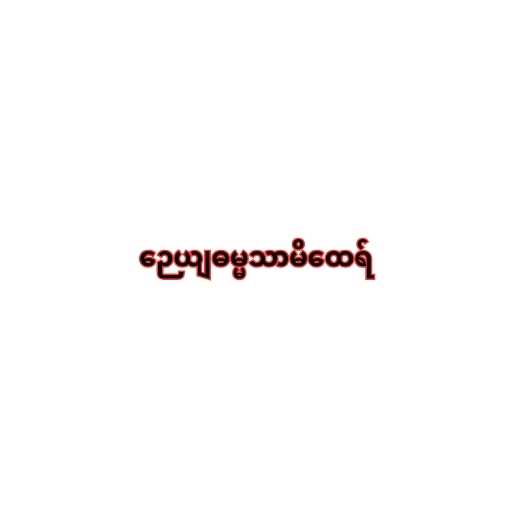
ဉေယျဓမ္မသာမိထေရ်